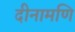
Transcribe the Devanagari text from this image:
दीनामणि